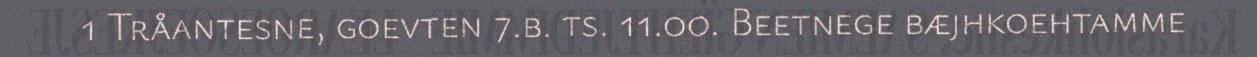
1 Tråantesne, goevten 7.b. ts. 11.00. Beetnege bæjhkoehtamme